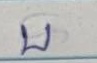
บ